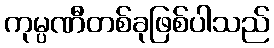
ကုမ္ပဏီတစ်ခုဖြစ်ပါသည်